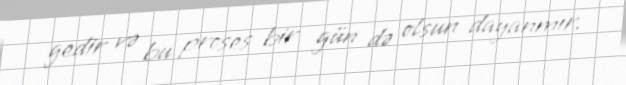
gedir və bu proses bir gün də olsun dayanmır.